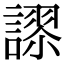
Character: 𮘸